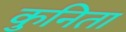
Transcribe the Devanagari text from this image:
कुनिता